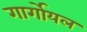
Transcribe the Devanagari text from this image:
गार्गोयल